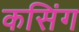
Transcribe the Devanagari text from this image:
कसिंग